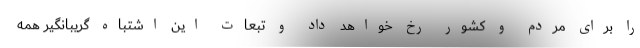
را برای مردم و کشور رخ خواهد داد و تبعات این اشتباه گریبانگیر همه